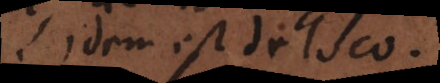
Idem est de loco.